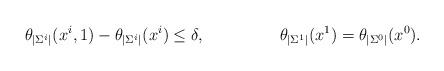
LaTeX: \begin{align*} \theta_{|\Sigma^i|}(x^i, 1) - \theta_{|\Sigma^i|}(x^i) \leq \delta, & \ & \theta_{|\Sigma^1|}(x^1) = \theta_{|\Sigma^0|}(x^0). \end{align*}